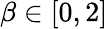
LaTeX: \beta\in[0,2]